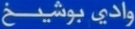
واديبوشيشخ